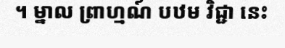
។ ម្នាល ព្រាហ្មណ៍ បឋម វិជ្ជា នេះ